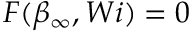
F ( \beta _ { \infty } , W i ) = 0